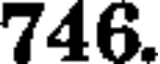
746.